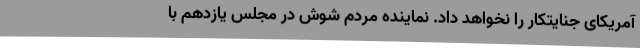
آمریکای جنایتکار را نخواهد داد. نماینده مردم شوش در مجلس یازدهم با